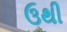
ઉથી